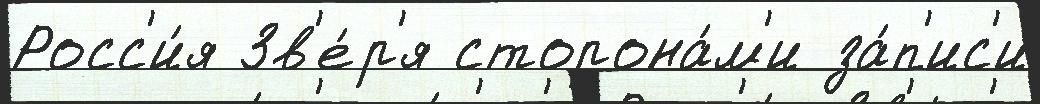
Росс'и́я Зв'е́р'я сторона́м'и за́п'ис'и